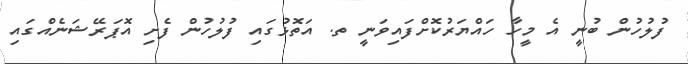
ފުލުހުން ބުނީ އެ މީހާ ހައްޔަރުކޮށްފައިވަނީ ތ. އަތޮޅުގައި ފުލުހުން ފެށި އޮޕަރޭޝަނެއްގައި